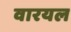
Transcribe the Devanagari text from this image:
वारयल